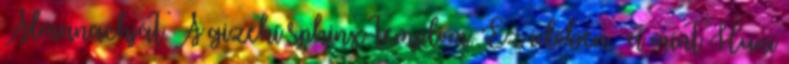
Almanachját. A gizehi sphinx-templom. Ez időben, «a mint Huni